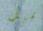
قبل